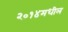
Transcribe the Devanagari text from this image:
२०१४मधील